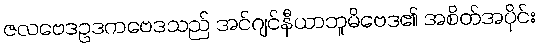
ဇလဗေဒဥဒကဗေဒသည် အင်ဂျင်နီယာဘူမိဗေဒ၏ အစိတ်အပိုင်း